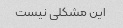
این مشکلی نیست